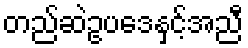
တည်ဆဲဥပဒေနှင့်အညီ